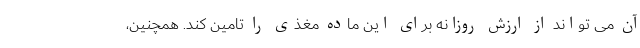
آن می تواند از ارزش روزانه برای این ماده مغذی را تامین کند. همچنین،